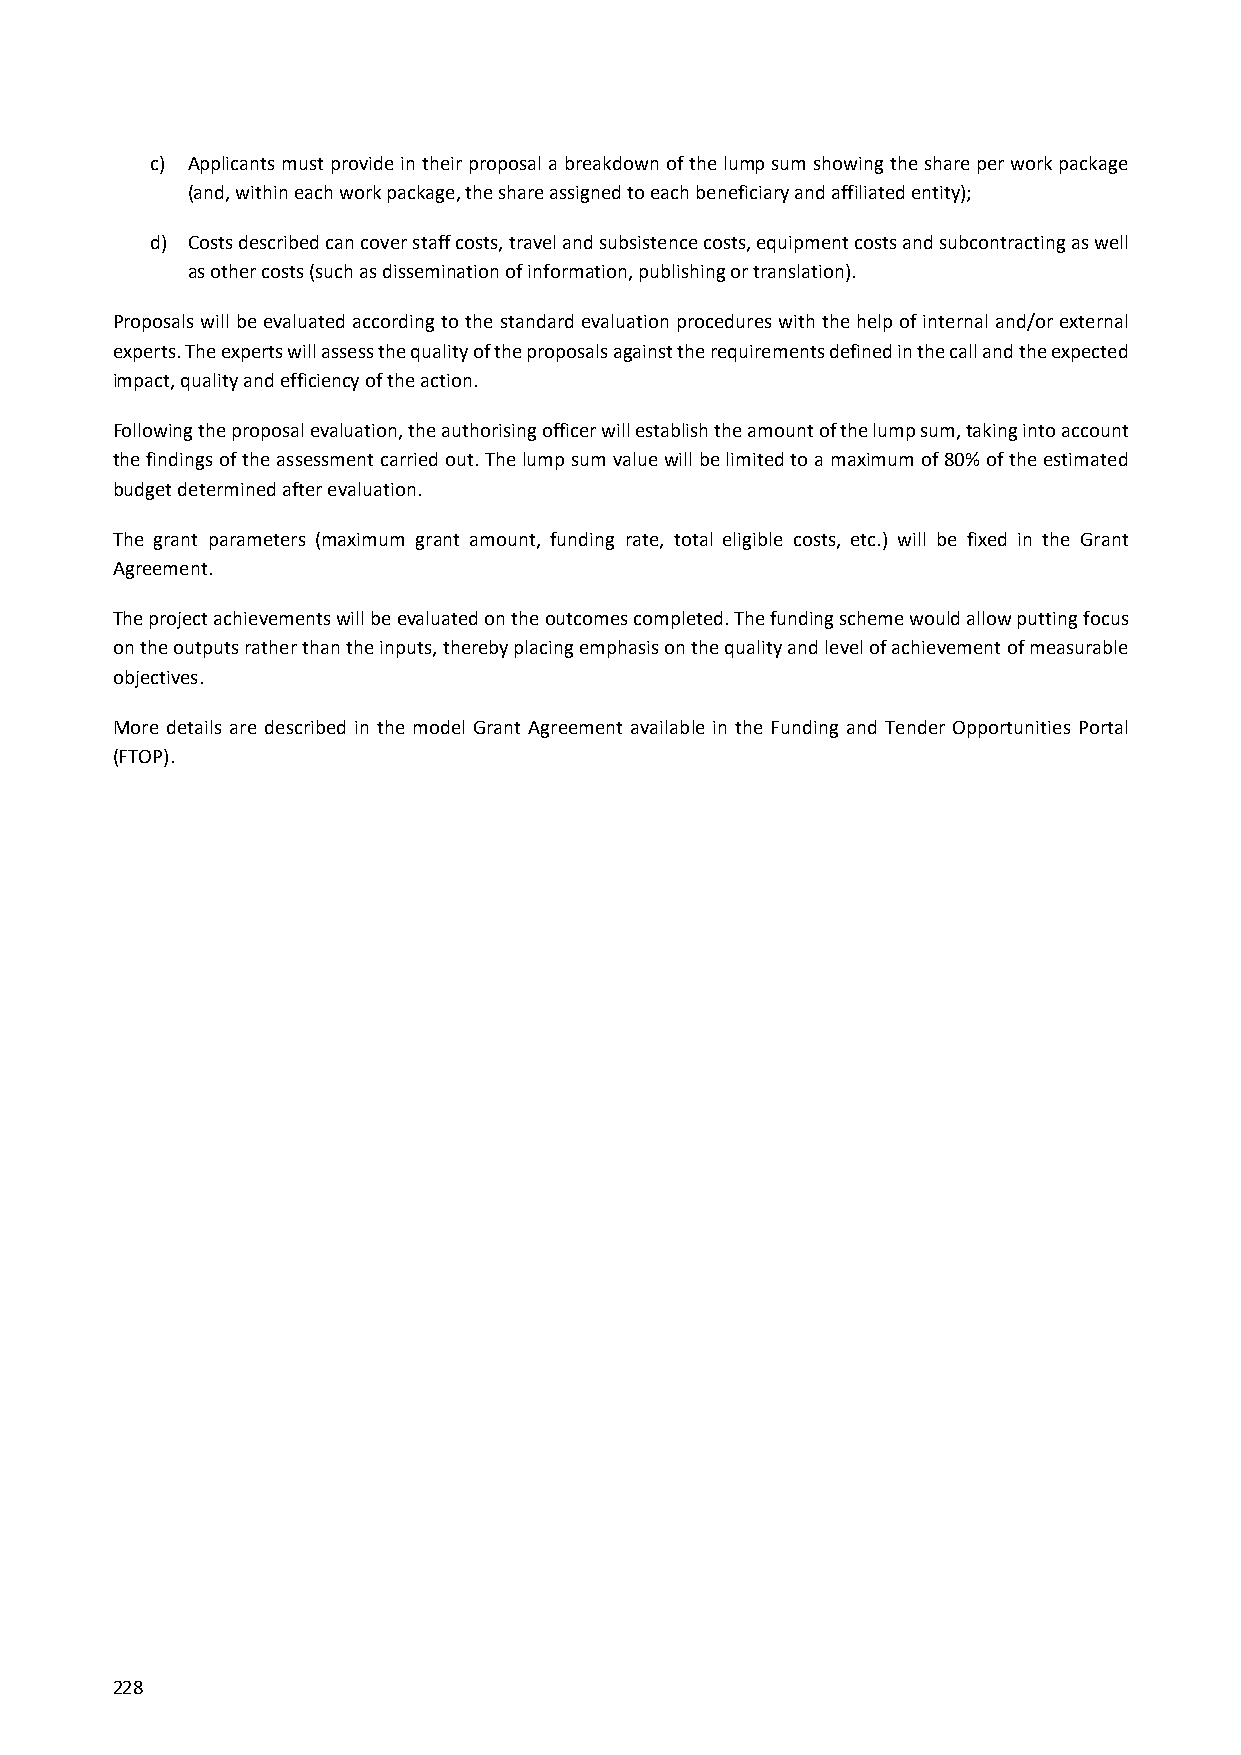
c) Applicants must provide in their proposal a breakdown of the lump sum showing the share per work package
 (and, within each work package, the share assigned to each beneficiary and affiliated entity);
 d) Costs described can cover staff costs, travel and subsistence costs, equipment costs and subcontracting as well
 as other costs (such as dissemination of information, publishing or translation).
 Proposals will be evaluated according to the standard evaluation procedures with the help of internal and/or external
 experts. The experts will assess the quality of the proposals against the requirements defined in the call and the expected
 impact, quality and efficiency of the action.
 Following the proposal evaluation, the authorising officer will establish the amount of the lump sum, taking into account
 the findings of the assessment carried out. The lump sum value will be limited to a maximum of 80% of the estimated
 budget determined after evaluation.
 The grant parameters (maximum grant amount, funding rate, total eligible costs, etc.) will be fixed in the Grant
 Agreement.
 The project achievements will be evaluated on the outcomes completed. The funding scheme would allow putting focus
 on the outputs rather than the inputs, thereby placing emphasis on the quality and level of achievement of measurable
 objectives.
 More details are described in the model Grant Agreement available in the Funding and Tender Opportunities Portal
 (FTOP).
 228